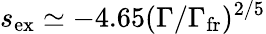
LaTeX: s_{\mathrm{ex}}\simeq-4.65(\Gamma/\Gamma_{\mathrm{fr}})^{2/5}